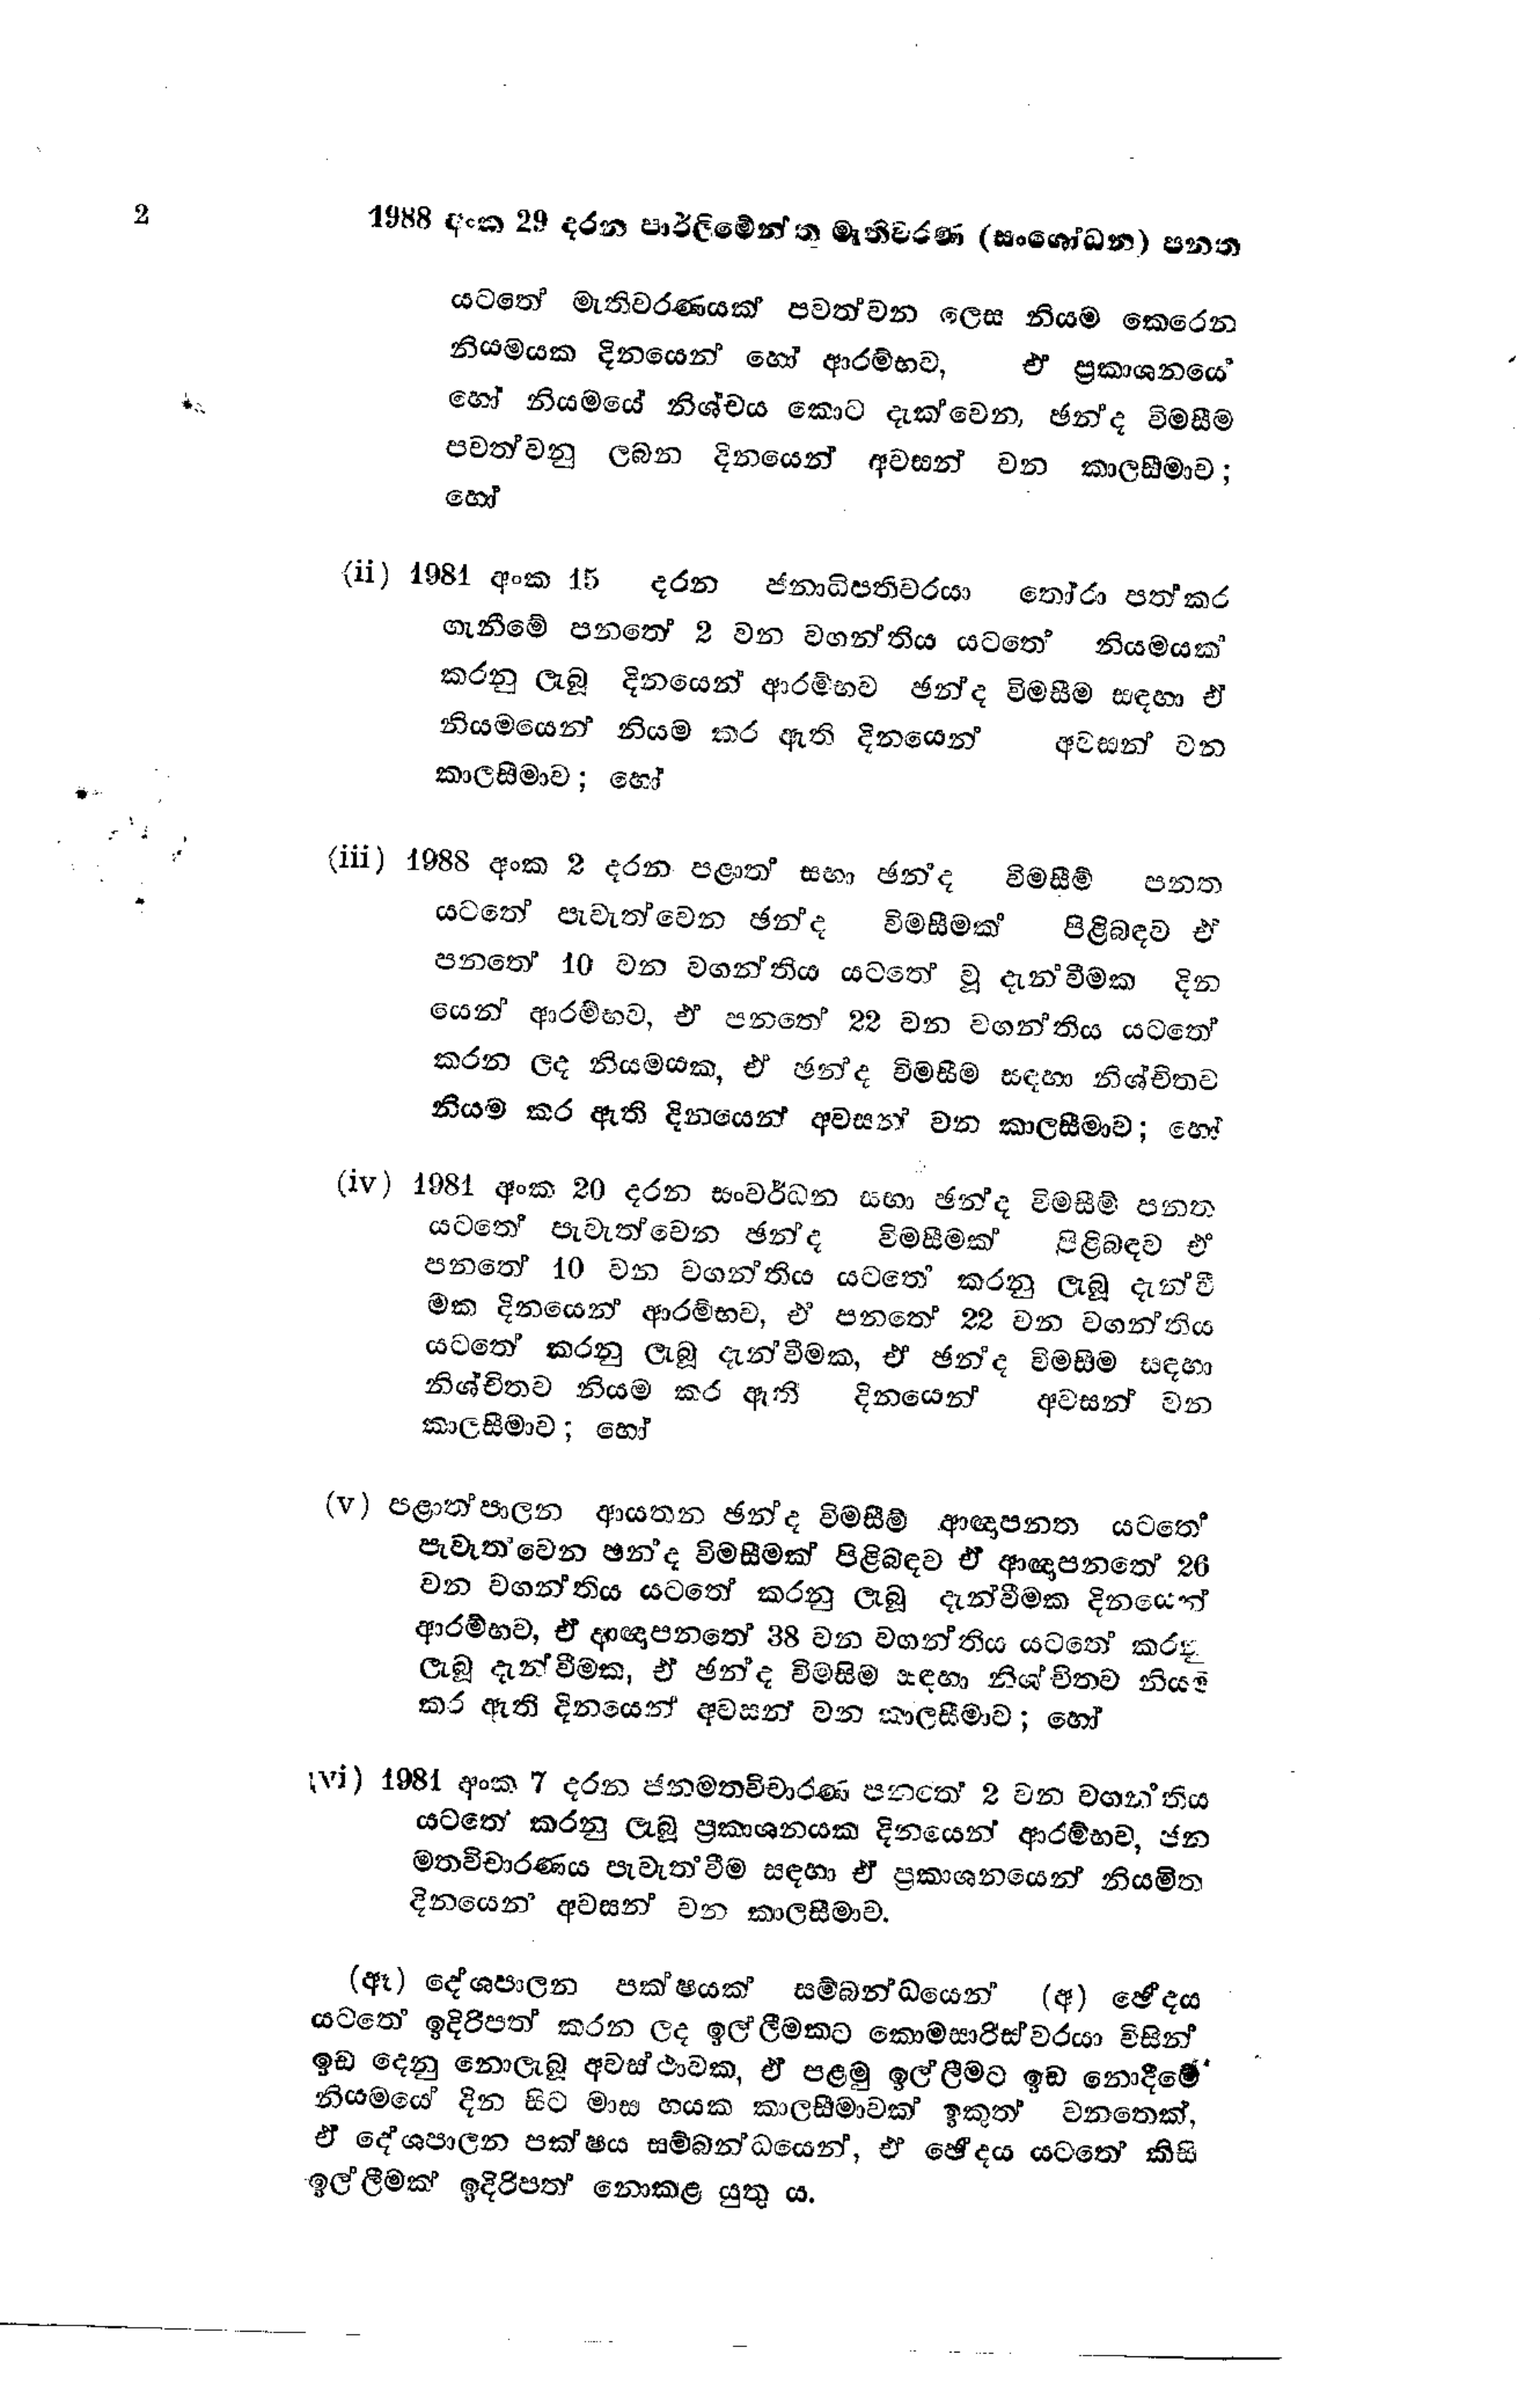
2 1988 අංක 29 දරන පාර්ලිමේන්තු මැතිවරණ (සංශෝධන) පනත

යටතේ මැතිවරණයක් පවත්වන ලෙස නියම කෙරෙන
නියමයක දිනයෙන් හෝ ආරම්භව ඒ ප්‍රකාශනයේ
හෝ නියමයේ නිශ්චය කොට දැක්වෙන, ඡන්ද විමසීම
පවත්වනු ලබන දිනයෙන් අවසන් වන කාලසීමාව;
හෝ

(ii) 1981 අංක 15 දරන ජනාධිපතිවරයා තෝරා පත්කර
ගැනීමේ පනතේ 2 වන වගන්තිය යටතේ නියමයක්
කරනු ලැබූ දිනයෙන් ආරම්භව ඡන්ද විමසීම සඳහා ඒ
නියමයෙන් නියම කර ඇති දිනයෙන් අවසන් වන
කාලසීමාව; හෝ

(iii) 1988 අංක 2 දරන පළාත් සභා ඡන්ද විමසීම් පනත
යටතේ පැවැත්වෙන ඡන්ද විමසීමක් පිළිබඳව ඒ
පනතේ 10 වන වගන්තිය යටතේ වු දැන්වීමක දින
යෙන් ආරම්භව, ඒ පනතේ 22 වන වගන්තිය යටතේ
කරන ලද නියමයක, ඒ ඡන්ද විමසීම සඳහා නිශ්චිතව
නියම කර ඇති දිනයෙන් අවසන් වන කාලසීමාව; හෝ

(iv) 1981 අංක 20 දරන සංවර්ධන සභා ඡන්ද විමසීම් පනත
යටතේ පැවැත්වෙන ඡන්ද විමසීමක් පිළිබඳව ඒ
පනතේ 10 වන වගන්තිය යටතේ කරනු ලැබූ දැන්වී
මක දිනයෙන් ආරම්භව, ඒ පනතේ 22 වන වගන්තිය
යටතේ කරනු ලැබූ දැන්වීමක, ඒ ඡන්ද විමසීම සඳහා
නිශ්චිතව නියම කර ඇති දිනයෙන් අවසන් වන
කාලසීමාව; හෝ

(v) පළාත්පාලන ආයතන ඡන්ද විමසීම් ආඥාපනත යටතේ
පැවැත්වෙන ඡන්ද විමසීමක් පිළිබඳව ඒ ආඥාපනතේ 26
වන වගන්තිය යටතේ කරනු ලැබූ දැන්වීමක දිනයෙන්
ආරම්භව, ඒ ආඥාපනතේ 38 වන වගන්තිය යටතේ කරනු
ලැබූ දැන්වීමක, ඒ ඡන්ද විමසිම සඳහා නිශ්චිතව නියම
කර ඇති දිනයෙන් අවසන් වන කාලසීමාව; හෝ

(vi) 1981 අංක 7 දරන ජනමතවිචාරණ පනතේ 2 වන වගන්තිය
යටතේ කරනු ලැබූ ප්‍රකාශනයක දිනයෙන් ආරම්භව, ජන
මතවිචාරණය පැවැත්වීම සඳහා ඒ ප්‍රකාශනයෙන් නියමිත
දිනයෙන් අවසන් වන කාලසීමාව.

(ඈ) දේශපාලන පක්ෂයක් සම්බන්ධයෙන් (අ) ඡේදය
යටතේ ඉදිරිපත් කරන ලද ඉල්ලීමකට කොමසාරිස්වරයා විසින්
ඉඩ දෙනු නොලැබූ අවස්ථාවක, ඒ පළමු ඉල්ලීමට ඉඩ නොදීමේ
නියමයේ දින සිට මාස හයක කාලසීමාවක් ඉකුත් වනතෙක්,
ඒ දේශපාලන පක්ෂය සම්බන්ධයෙන්, ඒ ඡේදය යටතේ කිසි
ඉල්ලීමක් ඉදිරිපත් නොකළ යුතු ය.